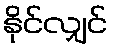
နိုင်လျှင်